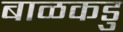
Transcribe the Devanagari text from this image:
बाळकडु